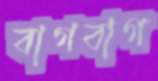
বাগবাগ